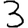
Digit: 3